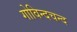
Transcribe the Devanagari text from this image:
गोविन्दचन्द